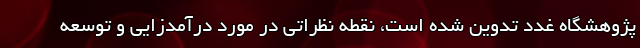
پژوهشگاه غدد تدوین شده است، نقطه نظراتی در مورد درآمدزایی و توسعه